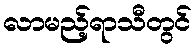
လာမည့်ရာသီတွင်